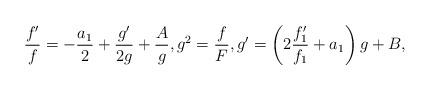
LaTeX: \begin{align*} \frac{f'}{f} = - \frac{a_1}2 + \frac{g'}{2 g} + \frac{A}{g} , g^2 = \frac{f}{F} , g' = \left( 2 \frac{f_1'}{f_1} + a_1 \right) g + B, \end{align*}